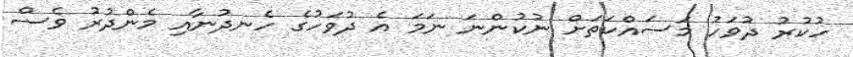
ހުކުރު ދުވަހު މަސައްކަތަށް ނުކުންނަ ނަމަ އެ ދުވަހުގެ ހެނދުނާއި މެންދުރު ވެސް